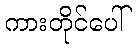
ကားတိုင်ပေါ်